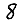
Digit: 8